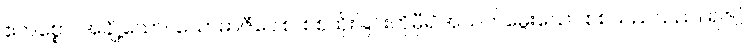
ဧကစ္စော၊ အချို့သော။ ယောဓာဇီဝေါစ၊ စစ်ထိုးခြင်းကိုမှီ၍အသက်မွေးသော စစ်သည်သည်။ ရဇဂ္ဂံ၊